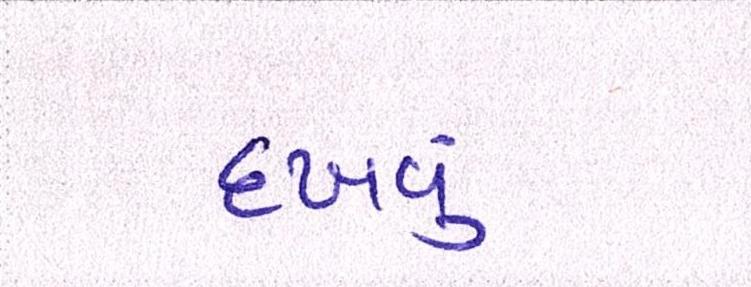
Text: દઃખવું